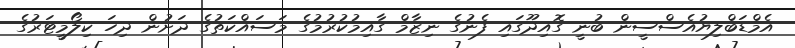
އެމްޑަބްލިޔުއެސްސީން ބުނީ ގޮއިދޫގައި ފެނުގެ ނިޒާމް ގާއިމުކުރުމުގެ މަސައްކަތުގެ ދަށުން ދިހަ ކިލޯމީޓަރުގެ